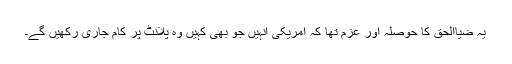
یہ ضیاالحق کا حوصلہ اور عزم تھا کہ امریکی انہیں جو بھی کہیں وہ پلانٹ پر کام جاری رکھیں گے۔